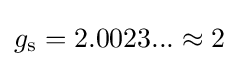
g_{\text{s}}=2.0023...\approx 2